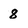
Character: 8